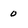
Character: 0